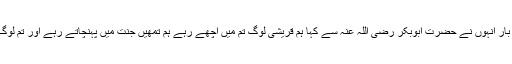
ابن اثیر کی روایت ہے کہ ایک بار انہوں نے حضرت ابوبکر رضی اللہ عنہ سے کہا ہم قریشی لوگ تم میں اچھے رہے ہم تمھیں جنت میں پہنچاتے رہے اور تم لوگ ان کو دوزخ میں ڈالتے رہے ۔